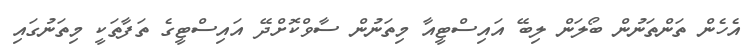
އެހެން ތަންތަނުން ބޯލަން ލިބޭ އައިސްޓީއާ މިތަނުން ސާވްކޮށްދޭ އައިސްޓީގެ ތަފާތަކީ މިތަނުގައި